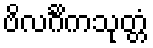
ဗိလင်္ဂိကသုတ္တံ